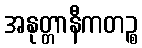
အနုတ္တာနီကတဉ္စ